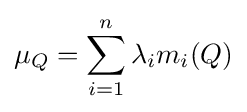
\mu _{Q}=\sum _{i=1}^{n}\lambda _{i}m_{i}(Q)